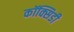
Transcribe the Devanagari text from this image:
कॉक्सिडी